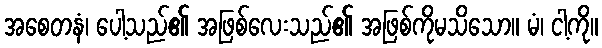
အစေတနံ၊ ပေါ့သည်၏ အဖြစ်လေးသည်၏ အဖြစ်ကိုမသိသော။ မံ၊ ငါ့ကို။